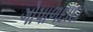
ગોપાળદાદા